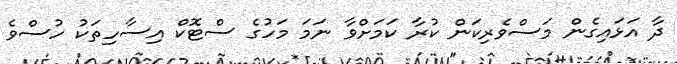
ދާ އަޅައިގެން މަސްވެރިކަން ކުރާ ކަމަށްވާ ނަމަ މަހުގެ ސްޓޮކް އިސާހިތަކު ހުސްވެ